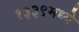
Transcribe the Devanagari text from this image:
१३३९मध्ये